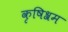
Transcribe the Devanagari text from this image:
कृषिश्रम